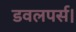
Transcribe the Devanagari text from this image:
डवलपर्स।